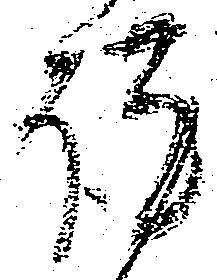
謹